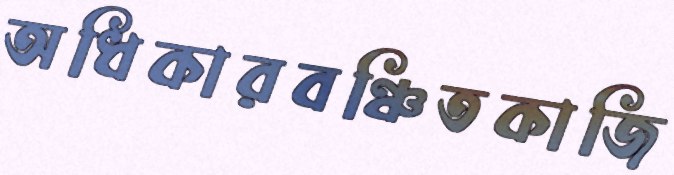
অধিকারবঞ্চিতকাজি